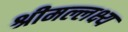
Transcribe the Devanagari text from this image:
श्रीमल्लक्ष्य